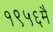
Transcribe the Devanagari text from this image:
१९५६मै